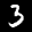
Label: 3